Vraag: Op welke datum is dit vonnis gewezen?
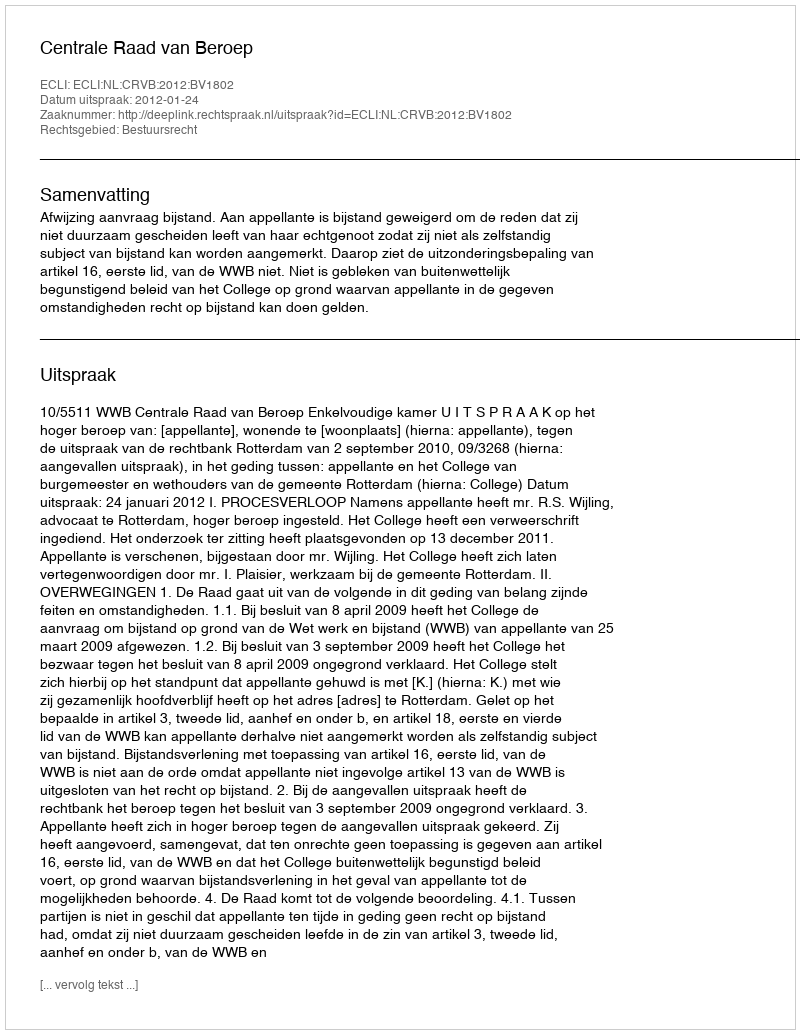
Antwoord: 2012-01-24